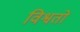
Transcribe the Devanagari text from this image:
विश्वतो